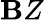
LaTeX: \mathbf{B}Z